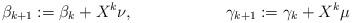
LaTeX: \begin{align*}\beta_{k+1}:=\beta_k+X^k\nu,&&\gamma_{k+1}:=\gamma_k+X^k\mu\end{align*}